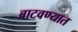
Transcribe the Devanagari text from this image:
बाटवण्यात